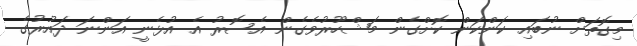
މިގޮތަށް ނުބައި ކަންކަން ކޮށްގެން މަޝްހޫރުވެގެން އެސޮރު އެ އުޅެނީ އަންނަ ދައުރުގެ